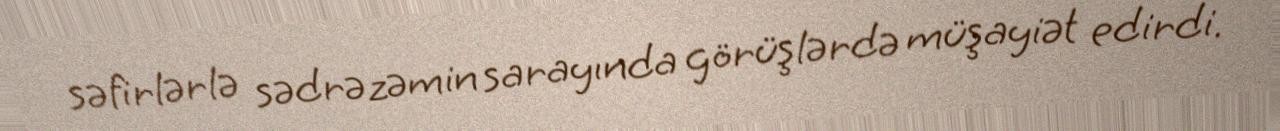
səfirlərlə sədrəzəmin sarayında görüşlərdə müşayiət edirdi.